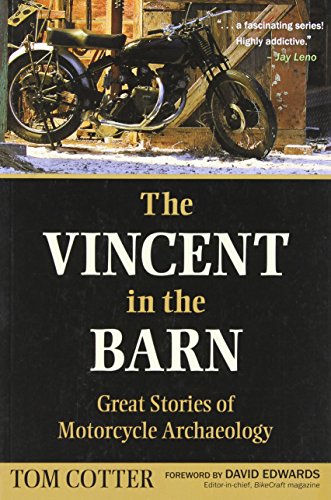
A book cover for The Vincent in the Barn: Great Stories of Motorcycle Archaeology; Tom Cotter; Arts & Photography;